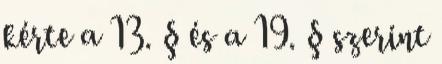
kérte a 13. § és a 19. § szerint